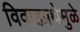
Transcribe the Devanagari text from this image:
विवाहप्रथेमुळे